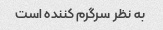
به نظر سرگرم کننده است